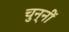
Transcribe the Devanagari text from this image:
चुन्नीं